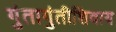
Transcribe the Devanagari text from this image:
गुंतागुंतीशिवाय